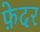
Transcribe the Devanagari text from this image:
फ़ेदर